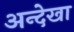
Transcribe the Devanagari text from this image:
अन्देखा